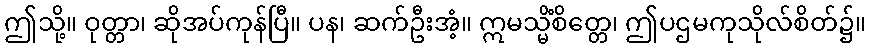
ဤသို့။ ဝုတ္တာ၊ ဆိုအပ်ကုန်ပြီ။ ပန၊ ဆက်ဦးအံ့။ ဣမသ္မိံစိတ္တေ၊ ဤပဌမကုသိုလ်စိတ်၌။